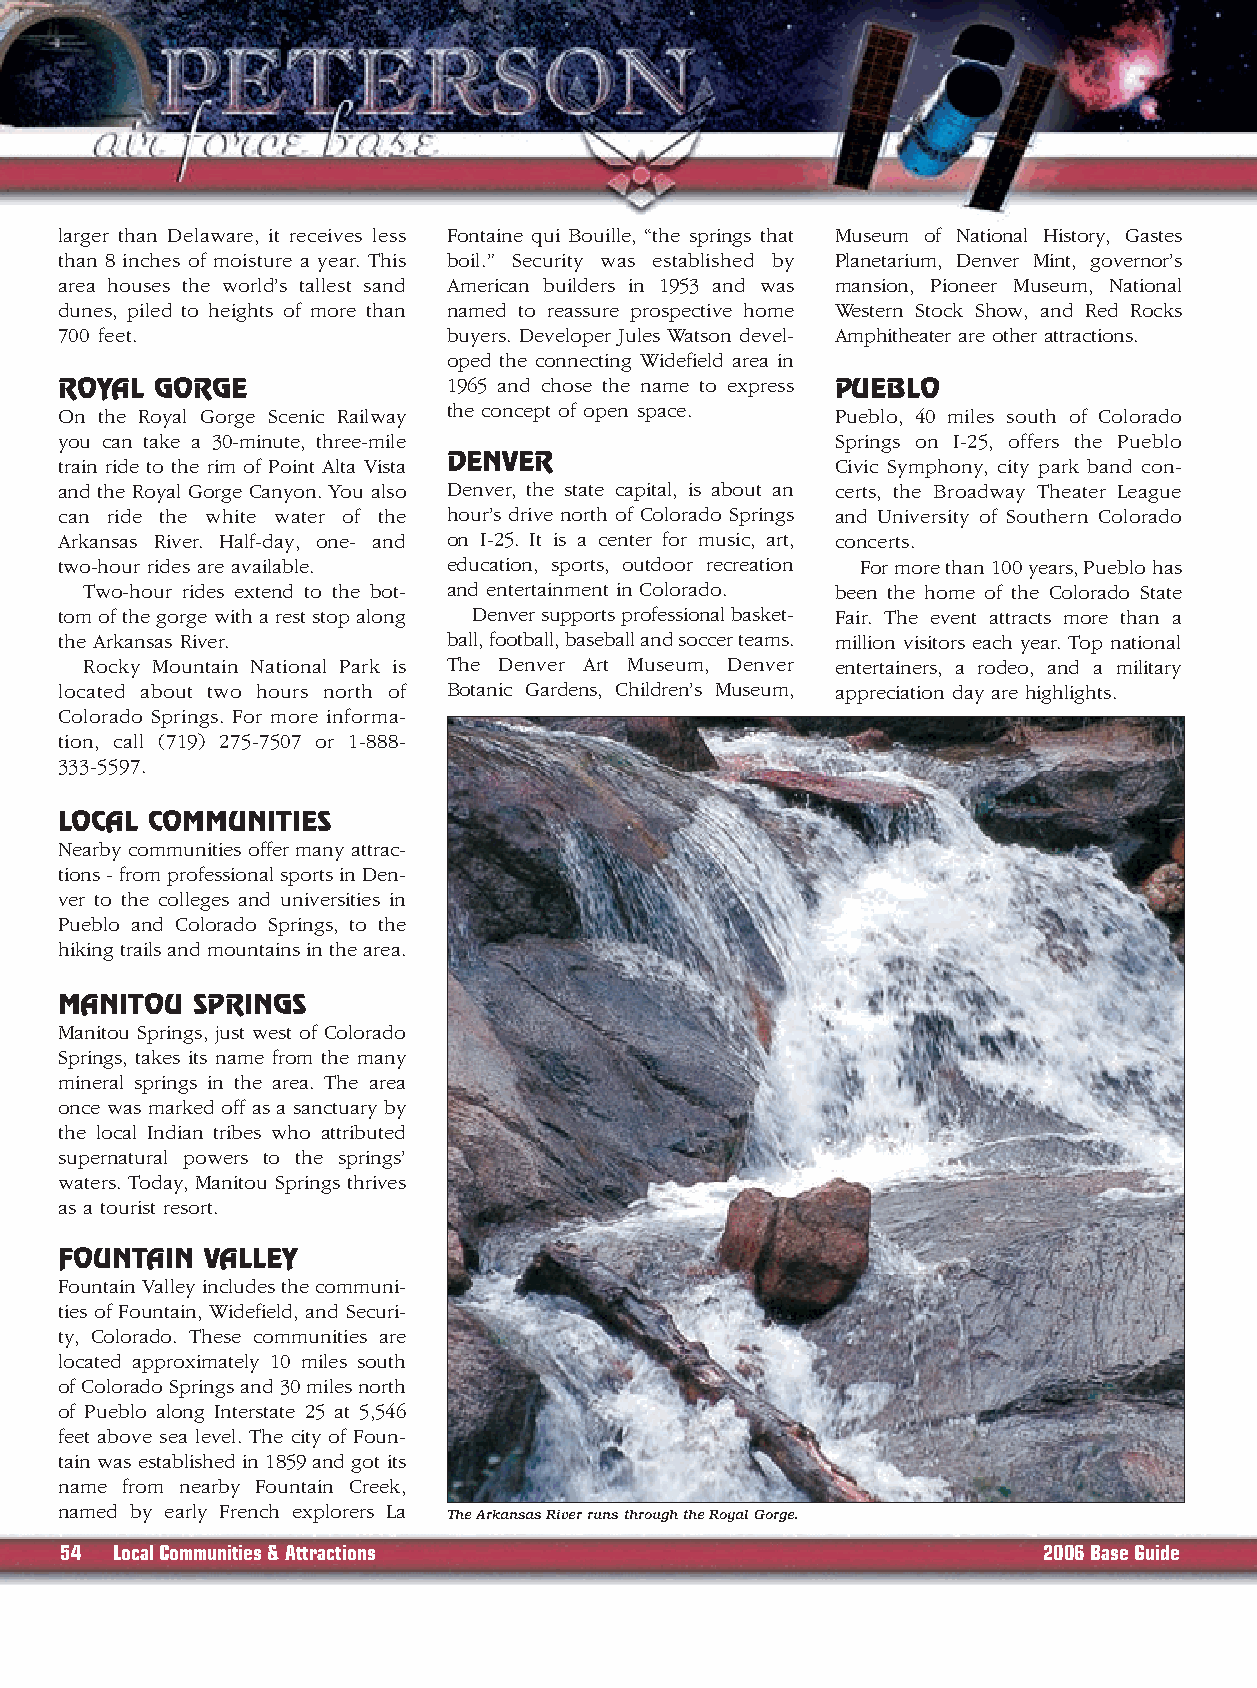
larger than Delaware, it receives less Fontaine qui Bouille, “the springs that Museum of National History, Gastes
 than 8 inches of moisture a year. This boil.” Security was established by Planetarium, Denver Mint, governor’s
 area houses the world’s tallest sand American builders in 1953 and was mansion, Pioneer Museum, National
 dunes, piled to heights of more than named to reassure prospective home Western Stock Show, and Red Rocks
 700 feet.                 buyers. Developer Jules Watson devel- Amphitheater are other attractions.
 oped the connecting Widefield area in
 ROYAL GORGE               1965 and chose the name to express PUEBLO
 On the Royal Gorge Scenic Railway the concept of open space. Pueblo, 40 miles south of Colorado
 you can take a 30-minute, three-mile               Springs on I-25, offers the Pueblo
 train ride to the rim of Point Alta Vista DENVER   Civic Symphony, city park band con-
 and the Royal Gorge Canyon. You also Denver, the state capital, is about an certs, the Broadway Theater League
 can ride the white water of the hour’s drive north of Colorado Springs and University of Southern Colorado
 Arkansas River. Half-day, one- and on I-25. It is a center for music, art, concerts.
 two-hour rides are available. education, sports, outdoor recreation For more than 100 years, Pueblo has
 Two-hour rides extend to the bot- and entertainment in Colorado. been the home of the Colorado State
 tom of the gorge with a rest stop along Denver supports professional basket- Fair. The event attracts more than a
 the Arkansas River.       ball, football, baseball and soccer teams. million visitors each year. Top national
 Rocky Mountain National Park is The Denver Art Museum, Denver entertainers, a rodeo, and a military
 located about two hours north of Botanic Gardens, Children’s Museum, appreciation day are highlights.
 Colorado Springs. For more informa-
 tion, call (719) 275-7507 or 1-888-
 333-5597.
 LOCAL COMMUNITIES
 Nearby communities offer many attrac-
 tions - from professional sports in Den-
 ver to the colleges and universities in
 Pueblo and Colorado Springs, to the
 hiking trails and mountains in the area.
 MANITOU  SPRINGS
 Manitou Springs, just west of Colorado
 Springs, takes its name from the many
 mineral springs in the area. The area
 once was marked off as a sanctuary by
 the local Indian tribes who attributed
 supernatural powers to the springs’
 waters. Today, Manitou Springs thrives
 as a tourist resort.
 FOUNTAIN  VALLEY
 Fountain Valley includes the communi-
 ties of Fountain, Widefield, and Securi-
 ty, Colorado. These communities are
 located approximately 10 miles south
 of Colorado Springs and 30 miles north
 of Pueblo along Interstate 25 at 5,546
 feet above sea level. The city of Foun-
 tain was established in 1859 and got its
 name from nearby Fountain Creek,
 named by early French explorers La
 The Arkansas River runs through the Royal Gorge.
 54 LocalCommunities & Attractions                                2006 Base Guide